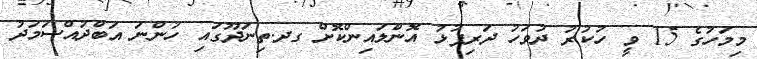
މިމަހުގެ 15 ވީ ހުކުރު ދުވަހު ދަރިފުޅު އޮންލައިންކޮށް ގދ.ތިނަދޫގައި ހުންނަ އަބްދުއްސަމަދު